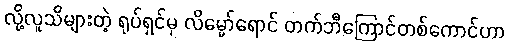
လို့လူသိများတဲ့ ရုပ်ရှင်မှ လိမ္မော်ရောင် တက်ဘီကြောင်တစ်ကောင်ဟာ